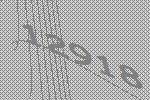
12918